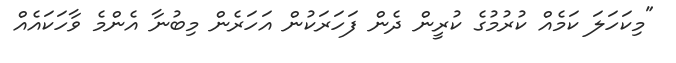
"މިކަހަލަ ކަމެއް ކުރުމުގެ ކުރީން ދެން ފަހަރަކުން އަހަރެން މިބުނާ އެންމެ ވާހަކައެއް